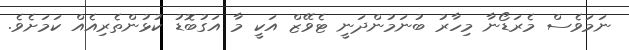
ނަމަވެސް މެރަޑޯނާ މިހާރު ބުނަމުންދަނީ ޓެވޭޒް އަކީ މާ އަގުބޮޑު ކުޅުންތެރިއެއް ކަމަށެވެ.